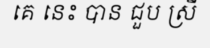
គេ នេះ បាន ជួប ស្រី